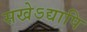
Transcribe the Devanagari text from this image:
सखेऽद्यापि